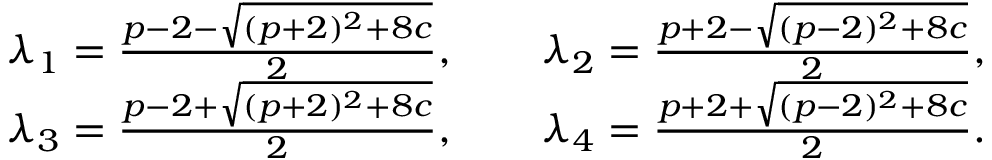
\begin{array} { r l } & { \lambda _ { 1 } = \frac { p - 2 - \sqrt { ( p + 2 ) ^ { 2 } + 8 c } } { 2 } , \qquad \lambda _ { 2 } = \frac { p + 2 - \sqrt { ( p - 2 ) ^ { 2 } + 8 c } } { 2 } , } \\ & { \lambda _ { 3 } = \frac { p - 2 + \sqrt { ( p + 2 ) ^ { 2 } + 8 c } } { 2 } , \qquad \lambda _ { 4 } = \frac { p + 2 + \sqrt { ( p - 2 ) ^ { 2 } + 8 c } } { 2 } . } \end{array}